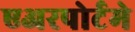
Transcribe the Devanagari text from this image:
एअरपोर्टमे